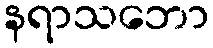
နရာသဘော